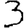
Digit: 3